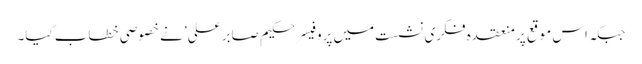
جبکہ اس موقع پر منعقدہ فکری نشست میں پروفیسر حکیم صابر علی’ نے خصوصی خطاب کیا۔